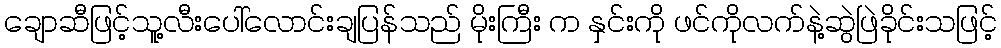
ချောဆီဖြင့်သူ့လီးပေါ်လောင်းချပြန်သည် မိုးကြီး က နှင်းကို ဖင်ကိုလက်နဲ့ဆွဲဖြဲခိုင်းသဖြင့်